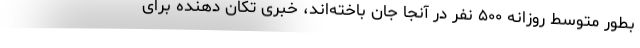
بطور متوسط روزانه ۵۰۰ نفر در آنجا جان باخته‌اند، خبری تکان دهنده برای